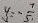
y = - \frac { 7 } { 5 }